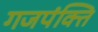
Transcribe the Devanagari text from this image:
गजपंक्ति